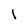
Character: l